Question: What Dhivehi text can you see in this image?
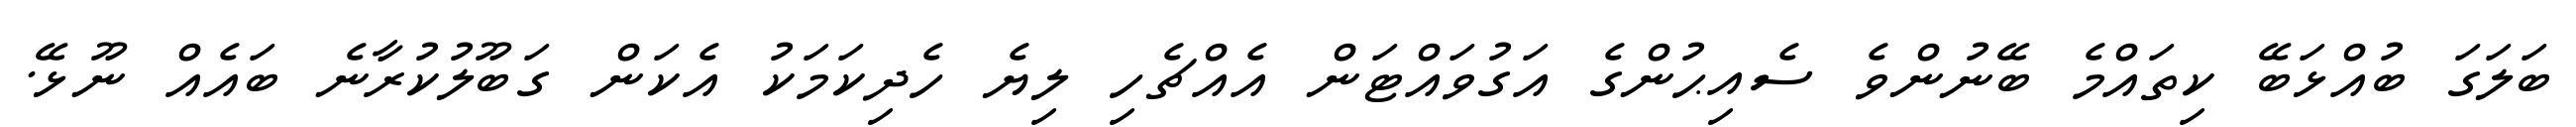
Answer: ބަލަގަ ބުއްޅަބޭ ކިތައްމެ ބޭނުންވެ ސެއިޙުންގެ އަގުވައްޓަން އެއްޗެހި ލިޔެ ހެދިކަމަކު އެކަން ގަބޫލުކުރާނެ ބައެއް ނޫޅޭ.